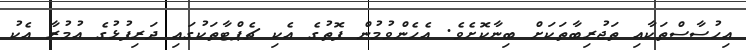
އިހުސާސްތަކާއި ތަޖުރިބާތަކަށް ބިނާކޮށެވެ. އެހެންވުމުން ފޮތުގެ އެކި ޗެޕްޓާތަކުގައި ދަރިފުޅުގެ އުމުރާ އެކު